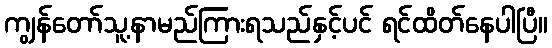
ကျွန်တော်သူ့နာမည်ကြားရသည်နှင့်ပင် ရင်ထိတ်နေပါပြီ။